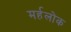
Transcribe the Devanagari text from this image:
मर्हलोक